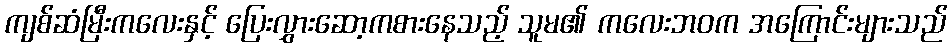
ကျစ်ဆံမြီးကလေးနှင့် ပြေးလွှားဆော့ကစားနေသည့် သူမ၏ ကလေးဘဝက အကြောင်းများသည်